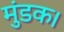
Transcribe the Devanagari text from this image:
मुंडक।